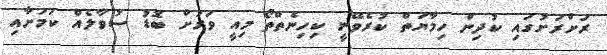
ރަށްރަށުގައި ކުދިން ހިމާޔަތް ކުރެވޭނީ ކިހިނެތްތޯ މިއީ ވަރަށް ބޮޑު ސުވާލެއް ކަމަށާއި